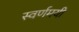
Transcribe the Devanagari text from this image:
स्‍वर्णमयी